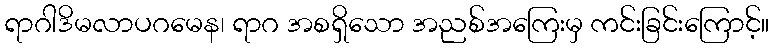
ရာဂါဒိမလာပဂမေန၊ ရာဂ အစရှိသော အညစ်အကြေးမှ ကင်းခြင်းကြောင့်။